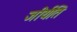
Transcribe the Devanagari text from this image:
जीर्यति